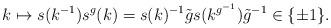
LaTeX: \begin{align*}k \mapsto s(k^{-1}) s^g(k)=s(k)^{-1} \tilde{g} s(k^{g^{-1}}) \tilde{g}^{-1} \in \{ \pm 1 \}.\end{align*}